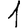
Digit: 1